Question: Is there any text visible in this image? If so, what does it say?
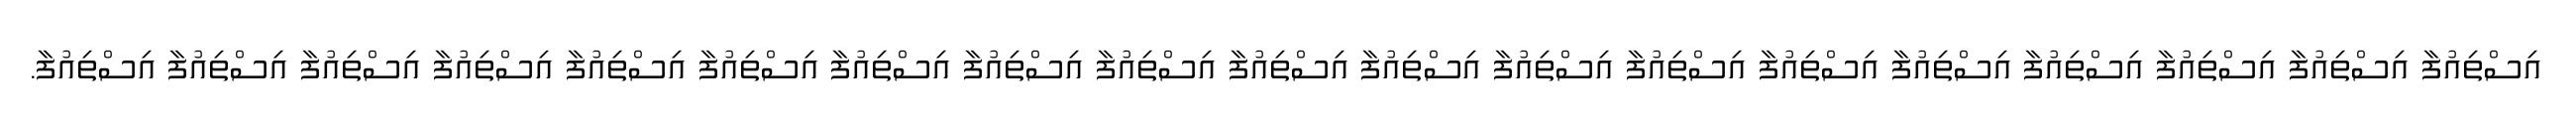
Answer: އިސްތިއުފާ އިސްތިއުފާ އިސްތިއުފާ އިސްތިއުފާ އިސްތިއުފާ އިސްތިއުފާ އިސްތިއުފާ އިސްތިއުފާ އިސްތިއުފާ އިސްތިއުފާ އިސްތިއުފާ އިސްތިއުފާ އިސްތިއުފާ އިސްތިއުފާ އިސްތިއުފާ އިސްތިއުފާ އިސްތިއުފާ އިސްތިއުފާ އިސްތިއުފާ.